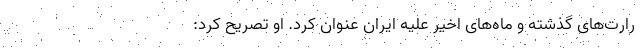
رارت‌های گذشته و ماه‌های اخیر علیه ایران عنوان کرد. او تصریح کرد: